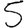
Digit: 5